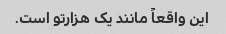
این واقعاً مانند یک هزارتو است.